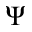
\Psi